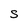
Character: S